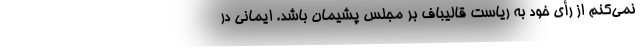
نمی‌کنم از رأی خود به ریاست قالیباف بر مجلس پشیمان باشد. ایمانی در